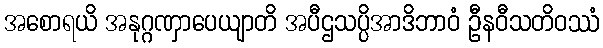
အစောရယိ အနုဂ္ဂဏှာပေယျာတိ အပီဌသပ္ပိအာဒိဘာဝံ ဦနဝီသတိဝဿံ